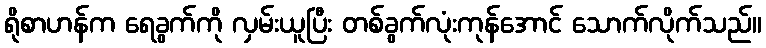
ရိုစာဟန်က ရေခွက်ကို လှမ်းယူပြီး တစ်ခွက်လုံးကုန်အောင် သောက်လိုက်သည်။